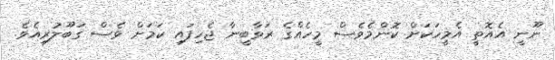
ނޫނީ އެއޮތީ އެމީހަކަށް ކޮންމެވެސް މީހެއްގެ ރަވާބީނާ ޖެހިފައި ކަމަށް ވެސް ގަބޫލުރިއެވެ.